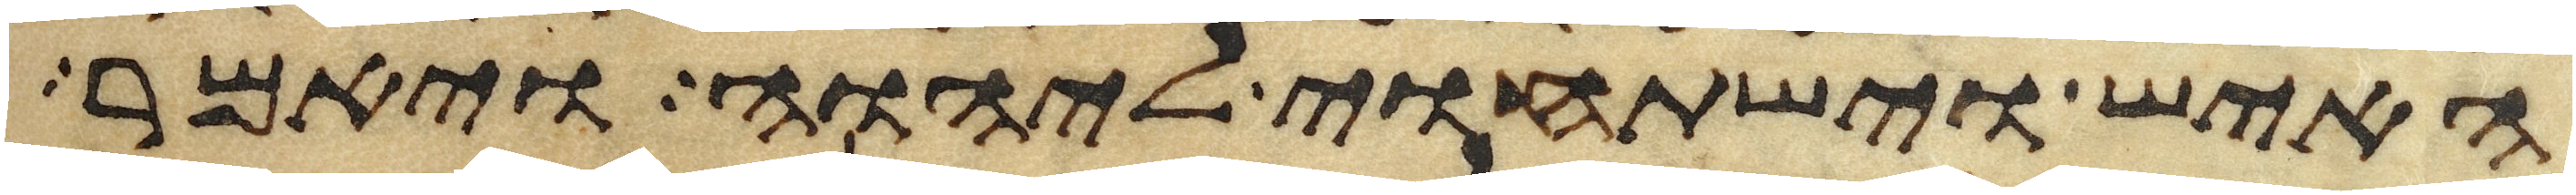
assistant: האיש וישתחוי ליהוה ויאמר